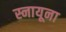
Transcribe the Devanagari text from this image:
स्नायूना